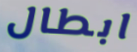
ابطال